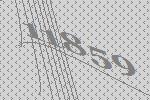
11859